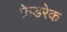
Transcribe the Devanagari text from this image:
फ्रेडरेक